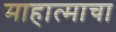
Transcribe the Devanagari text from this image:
माहात्माचा